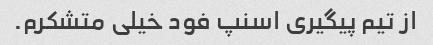
از تیم پیگیری اسنپ فود خیلی متشکرم.